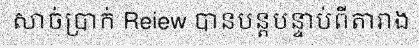
សាច់ប្រាក់ Reiew បានបន្តបន្ទាប់ពីតារាង